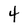
Character: 4